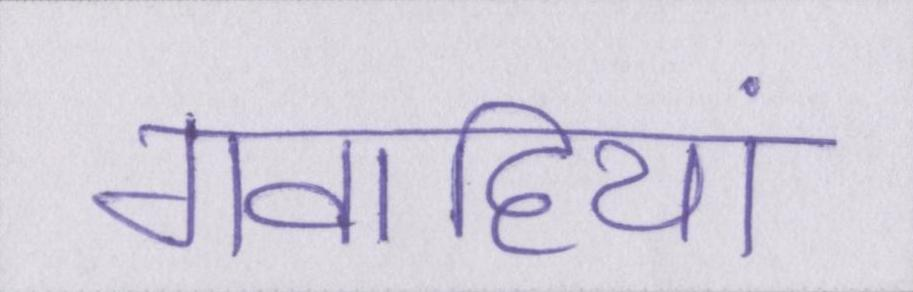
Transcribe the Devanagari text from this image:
गवाहियां